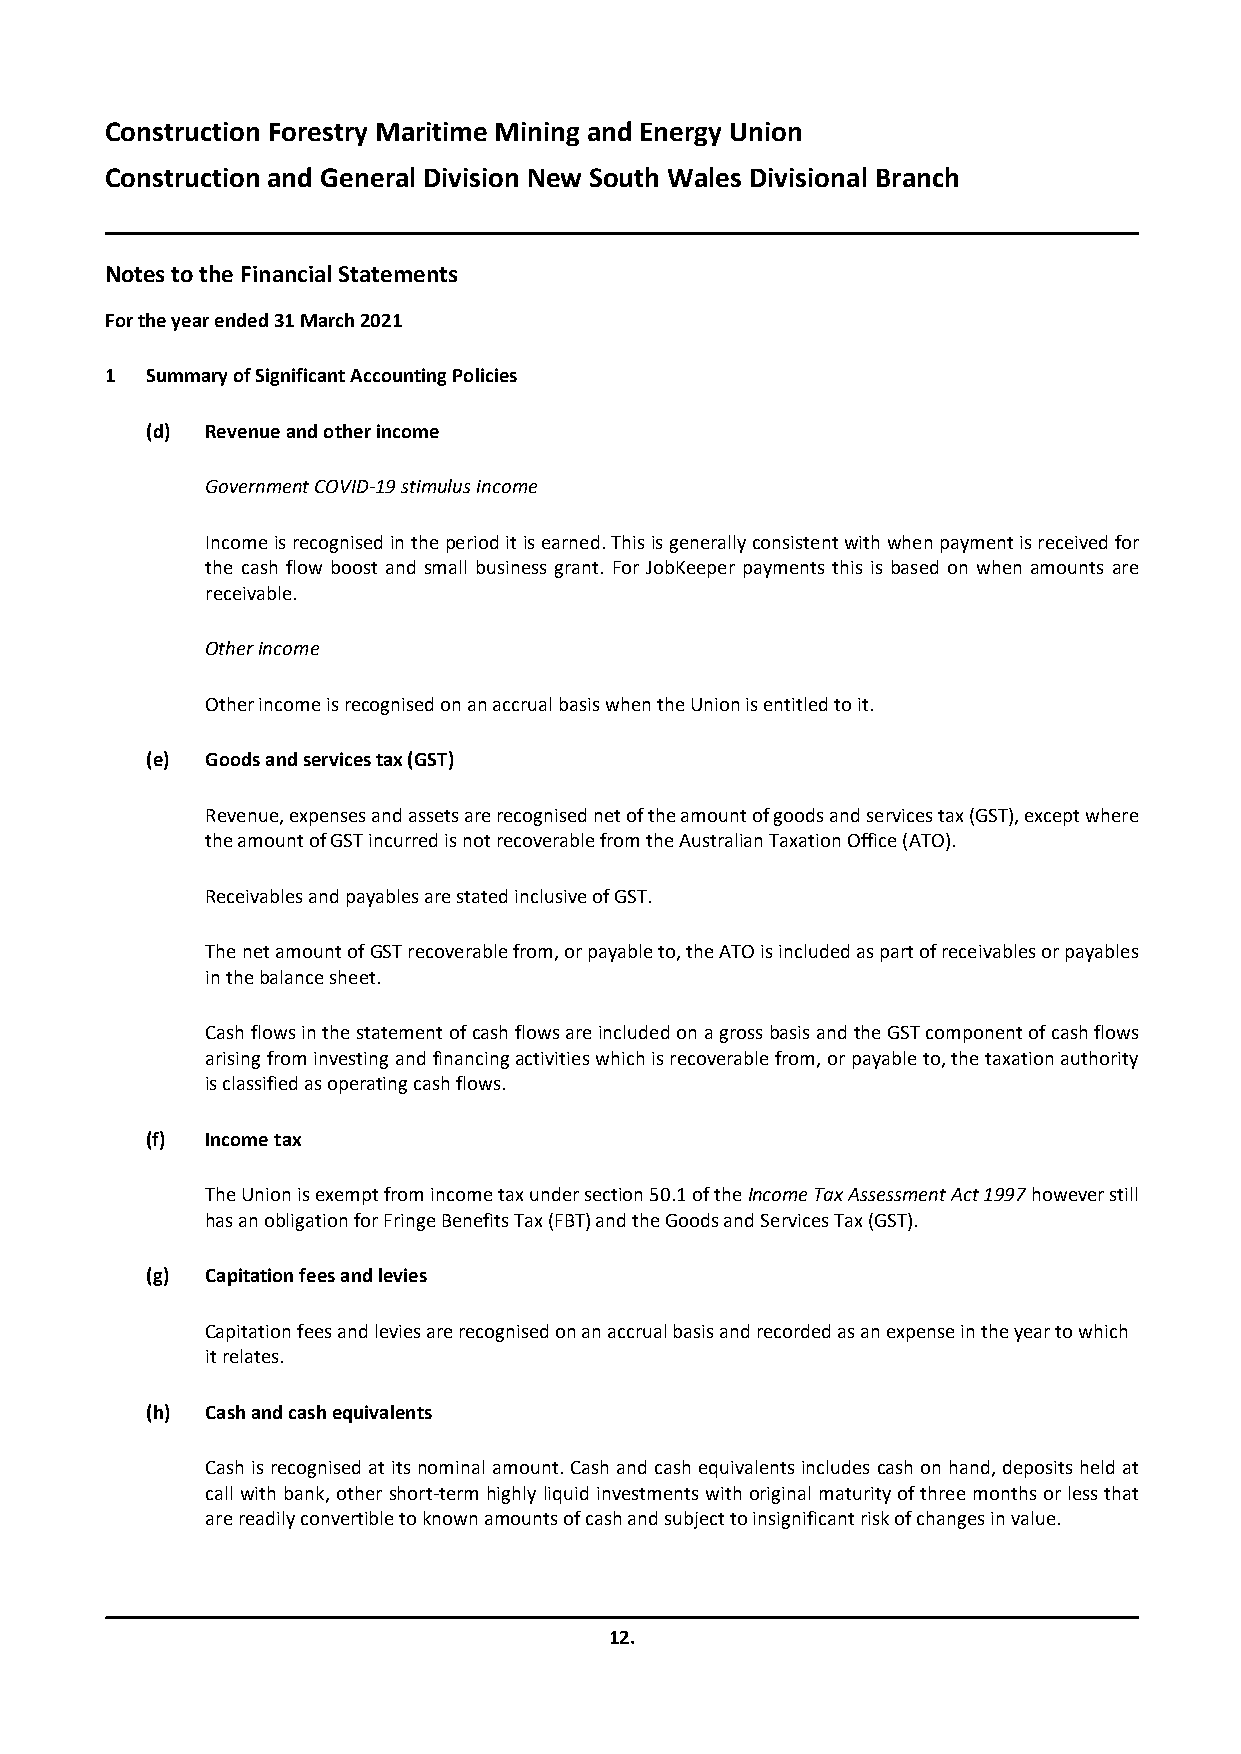
Construction Forestry Maritime Mining and Energy Union
 Construction and General Division New South Wales Divisional Branch
 Notes to the Financial Statements
 For the year ended31 March 2021
 1  Summary of Significant Accounting Policies
 (d) Revenue and other income
 Government COVID-19 stimulus income
 Income is recognised in the period it is earned. This is generally consistent with when payment is received for
 the cash flow boost and small business grant. For JobKeeper payments this is based on when amounts are
 receivable.
 Other income
 Other income is recognised on an accrual basis when the Union is entitled to it.
 (e) Goods and services tax (GST)
 Revenue, expenses and assets are recognised net of the amount of goods and services tax (GST), except where
 the amount of GST incurred is not recoverable from the Australian Taxation Office (ATO).
 Receivables and payables are stated inclusive of GST.
 The net amount of GST recoverable from, or payable to, the ATO is included as part of receivables or payables
 in the balance sheet.
 Cash flows in the statement of cash flows are included on a gross basis and the GST component of cash flows
 arising from investing and financing activities which is recoverable from, or payable to, the taxation authority
 is classified as operating cash flows.
 (f) Income tax
 The Union is exempt from income tax under section 50.1 of the Income Tax Assessment Act 1997 however still
 has an obligation for Fringe Benefits Tax (FBT) and the Goods and Services Tax (GST).
 (g) Capitation fees and levies
 Capitation fees and levies are recognised on an accrual basis and recorded as an expense in the year to which
 it relates.
 (h) Cash and cash equivalents
 Cash is recognised at its nominal amount. Cash and cash equivalents includes cash on hand, deposits held at
 call with bank, other short-term highly liquid investments with original maturity of three months or less that
 are readily convertible to known amounts of cash and subject to insignificant risk of changes in value.
 12.